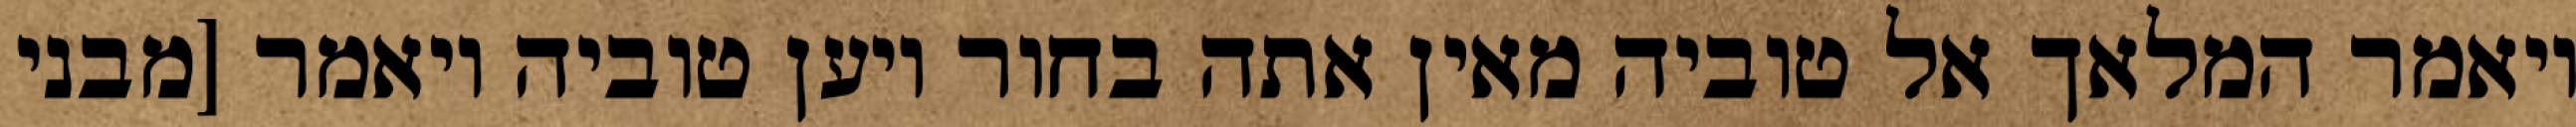
ויאמר המלאך אל טוביה מאין אתה בחור ויען טוביה ויאמר [מבני